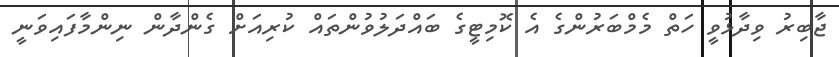
ޖާބިރު ވިދާޅުވީ ހަތް މެމްބަރުންގެ އެ ކޮމިޓީގެ ބައްދަލުވުންތައް ކުރިއަށް ގެންދާން ނިންމާފައިވަނީ